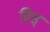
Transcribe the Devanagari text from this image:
ढिड्